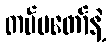
တပ်မတော်နဲ့